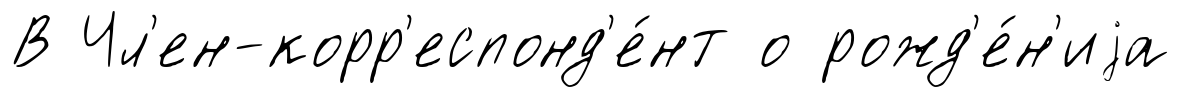
В Чл'ен-корр'еспонд'е́нт о рожд'е́н'иjа